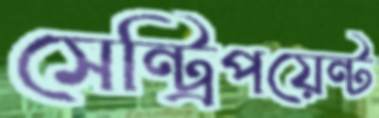
সেন্ট্রিপয়েন্ট